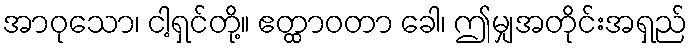
အာဝုသော၊ ငါ့ရှင်တို့။ ဧတ္ထာဝတာ ခေါ၊ ဤမျှအတိုင်းအရှည်